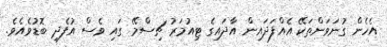
އެހެން ގުނަވަންތަކޭ އެއްފަދައިން އާދައިގެ ޓިއުމަރު ޗިސްމޭ ގައި ވެސް އުފެދި ބޮޑުވެއެވެ.